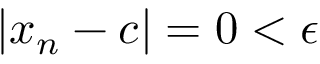
| x _ { n } - c | = 0 < \epsilon